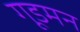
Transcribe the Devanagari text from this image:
गूडमन